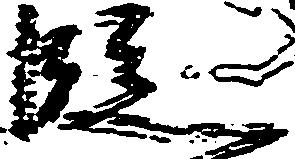
段